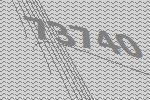
73740